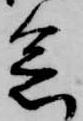
忩